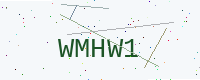
Text: WMHW1